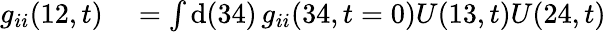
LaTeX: \begin{array}{rl}{g_{ii}(12,t)}&{{}=\int\mathrm{d}(34)\, g_{ii}(34,t=0)U(13,t)U(24,t)}\end{array}